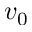
v _ { 0 }